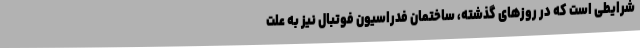
شرایطی است که در روزهای گذشته، ساختمان فدراسیون فوتبال نیز به علت